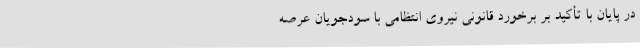
در پایان با تأکید بر برخورد قانونی نیروی انتظامی با سودجویان عرصه